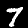
Digit: 7